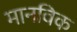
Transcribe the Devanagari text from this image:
मानविक